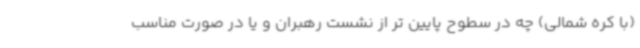
(با کره شمالی) چه در سطوح پایین تر از نشست رهبران و یا در صورت مناسب